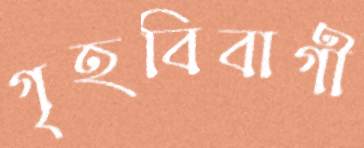
গৃহবিবাগী